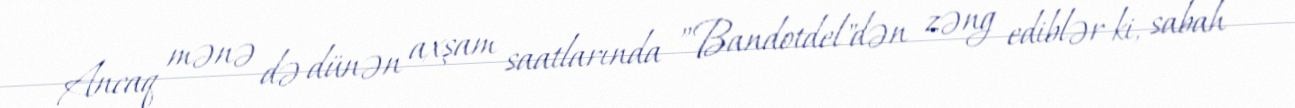
Ancaq mənə də dünən axşam saatlarında ”Bandotdel"dən zəng ediblər ki, sabah